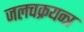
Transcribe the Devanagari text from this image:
जलचक्रयन्त्र